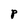
Character: P